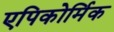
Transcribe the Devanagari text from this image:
एपिकोर्मिक